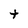
Character: t